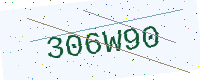
Text: 306W90